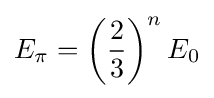
E_{\pi }=\left({\frac {2}{3}}\right)^{n}E_{0}